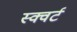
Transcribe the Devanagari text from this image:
स्क्वर्ट